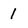
Character: 1